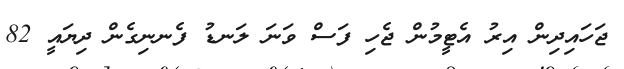
ޖަހައިދިން އިރު އެޓީމުން ޖެހި ފަސް ވަނަ ލަނޑު ފެނނިގެން ދިޔައީ 82